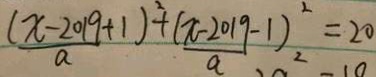
( \frac { x - 2 0 1 9 } { a } + 1 ) ^ { 2 } + ( \frac { x - 2 0 1 9 } { a } - 1 ) ^ { 2 } = 2 0